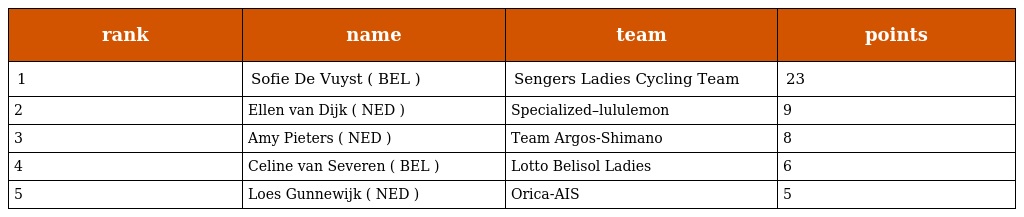
| rank | name | team | points |
 | --- | --- | --- | --- |
 | 1 | Sofie De Vuyst ( BEL ) | Sengers Ladies Cycling Team | 23 |
 | 2 | Ellen van Dijk ( NED ) | Specialized–lululemon | 9 |
 | 3 | Amy Pieters ( NED ) | Team Argos-Shimano | 8 |
 | 4 | Celine van Severen ( BEL ) | Lotto Belisol Ladies | 6 |
 | 5 | Loes Gunnewijk ( NED ) | Orica-AIS | 5 |